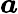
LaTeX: \boldsymbol{a}